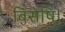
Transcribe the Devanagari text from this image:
बिसेषि।